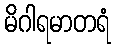
မိဂါရမာတရံ